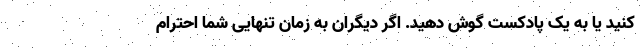
کنید یا به یک پادکست گوش دهید. اگر دیگران به زمانِ تنهایی شما احترام